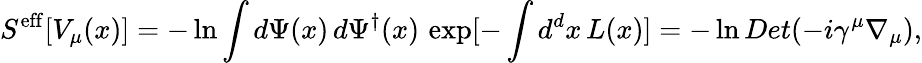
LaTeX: S^{\mathrm{eff}}[V_{\mu}(x)]=-\ln\int d\Psi(x)\, d\Psi^{\dagger}(x)\, \exp[-\int d^{d}x\, L(x)]=-\ln Det(-i\gamma^{\mu}\nabla_{\mu}),